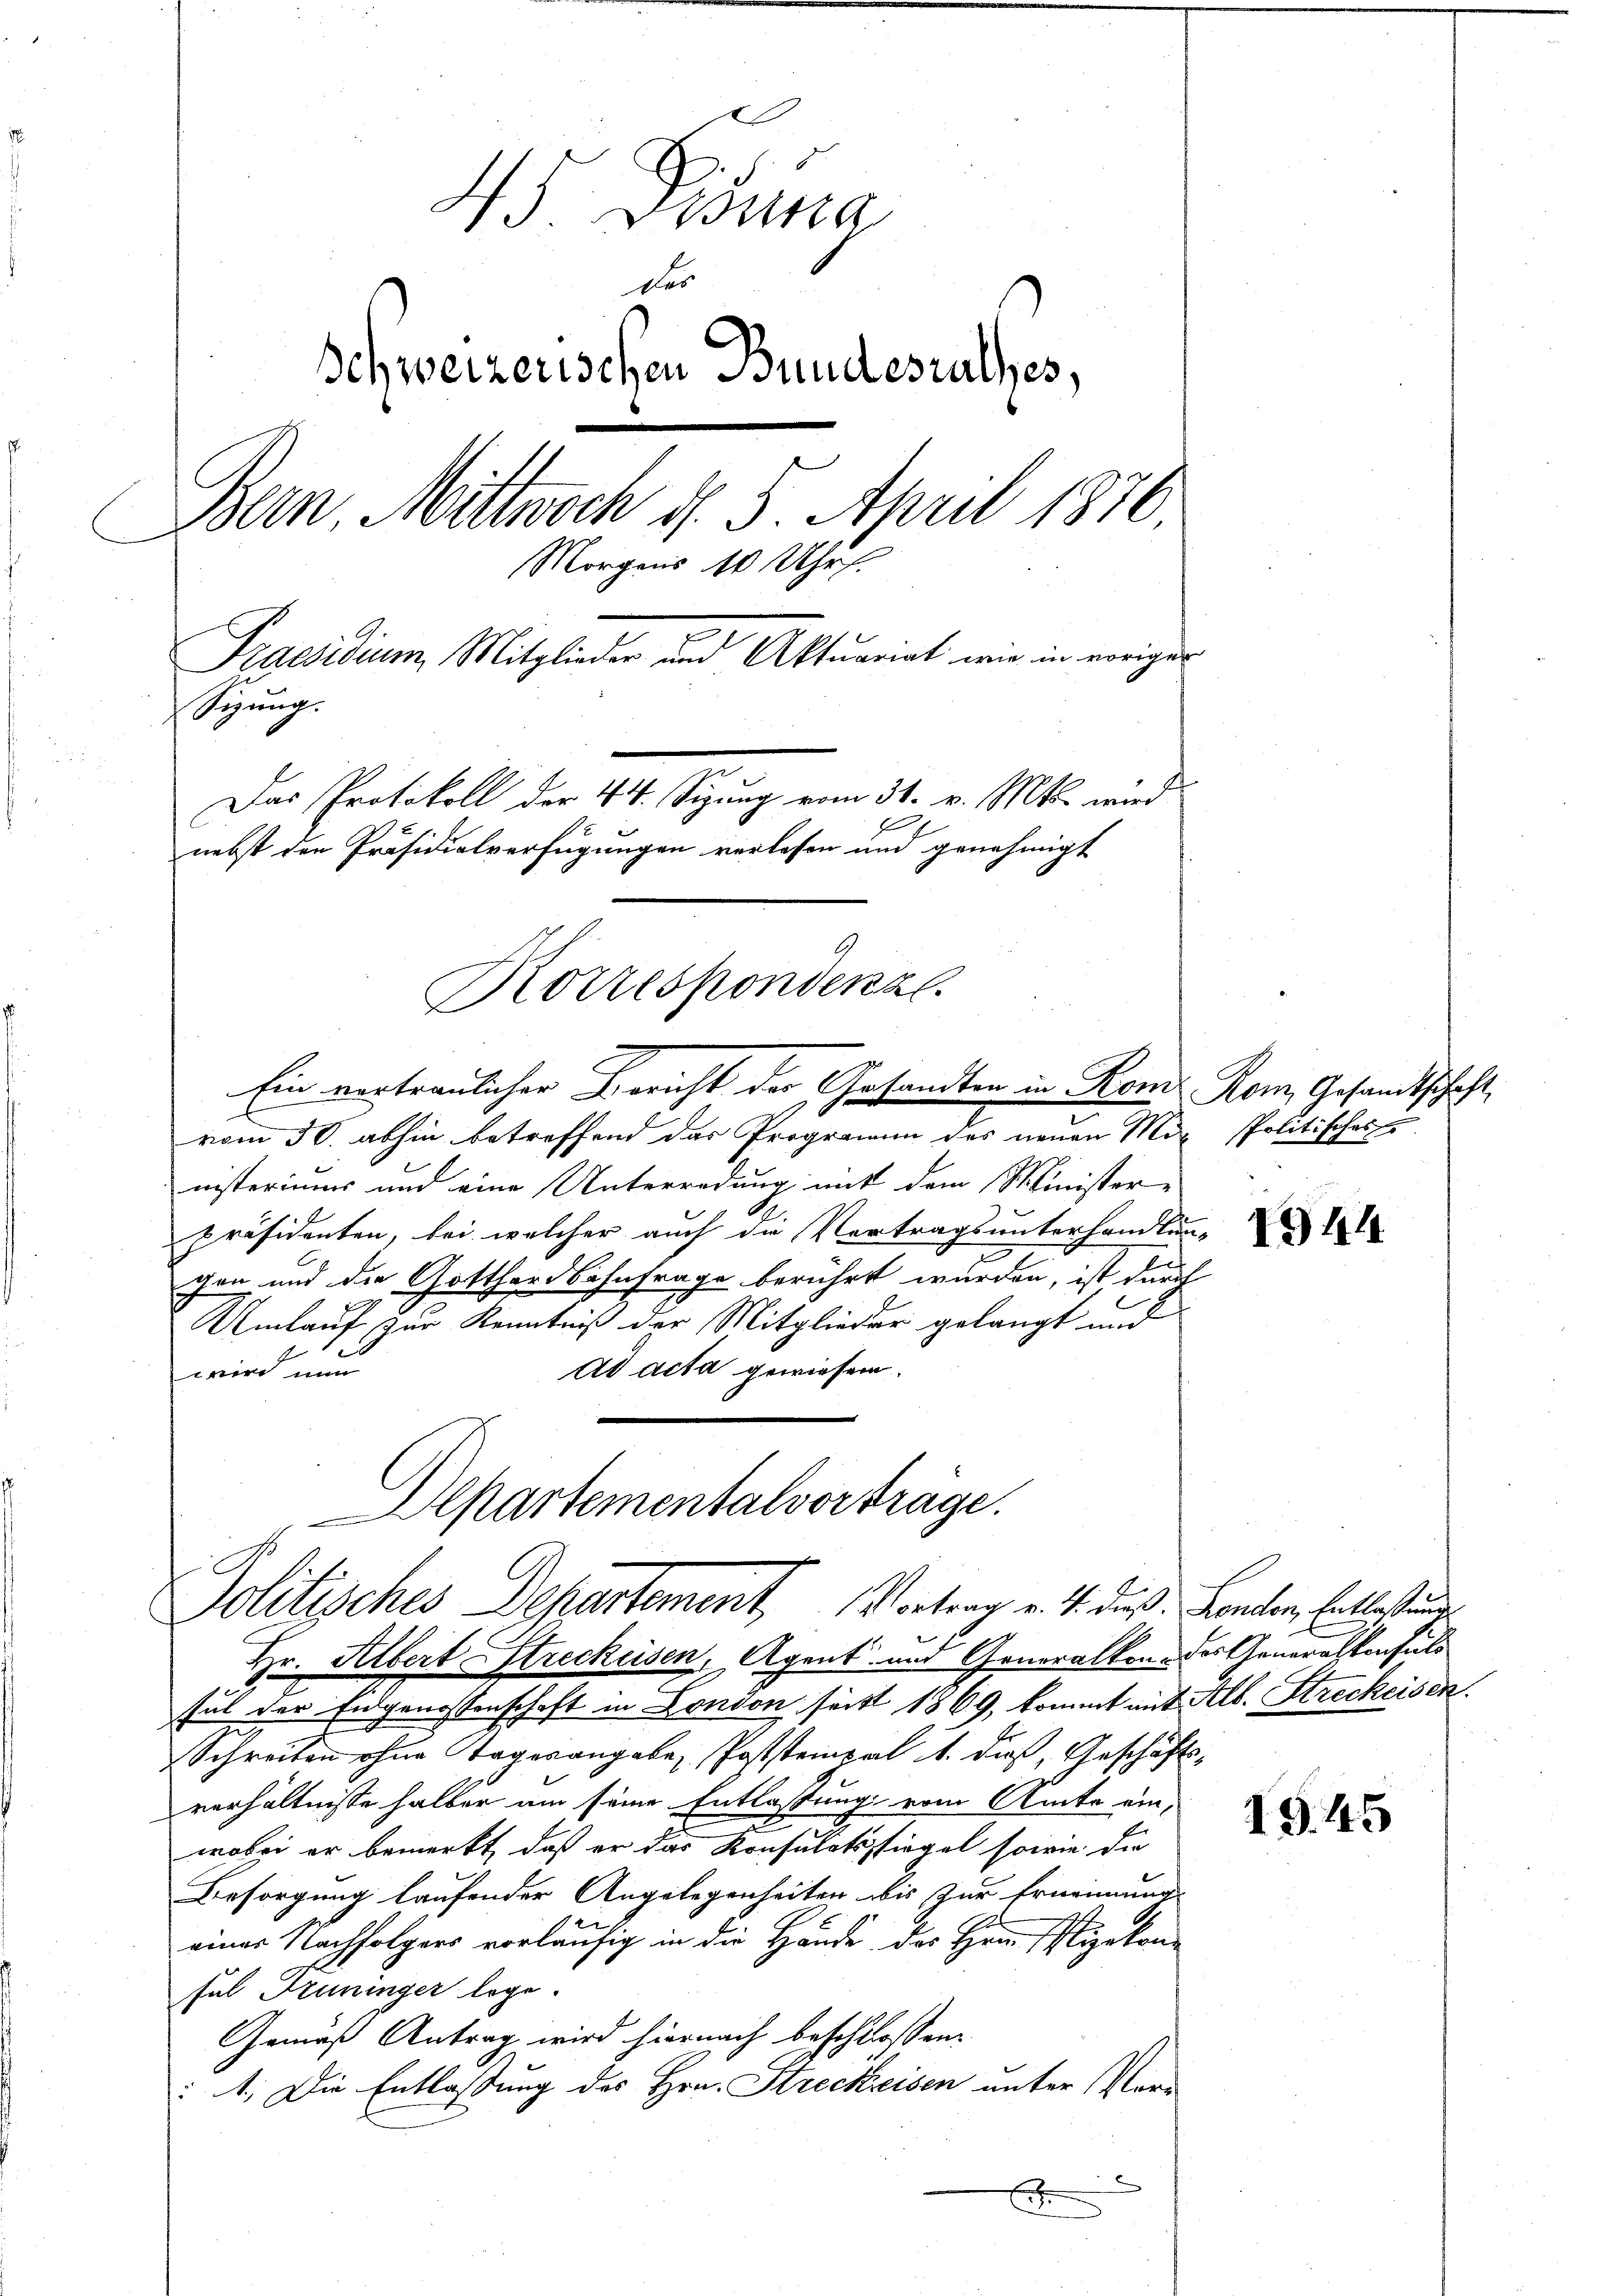
45 Distra
des
Schweizerischen Bundesrathes,
Bern Mittwoch d. 5. April 1870
Morgens 10 Uhr.
Praesidium Mitglieder und Aktuariat, wie in voriger
Sizung.
¬
Das Protokoll der 44. Sizung vom 31. v. Mts. wird
nebst den Präsidialverfügungen verlassen und genehmigt

Korrespondenze
Ein vortraulicher Bericht der Gesandten in Rom Rom Gesandtschaft

Politisches Dekartement, Vortrag v. 4. dieß. Landten, hattestande
Hr. Albert Streckeisen, Agent und Generalkon des Generalkonsuls

vom 30. abhin betreffend das Programm des neuen Max Politisches
nisteriums und eine Unterredung mit dem Minister-
Präsidenten, bei welcher auch die Vertragsunterhandlun-
gen und die Gotthardbahnfrage berührt wurden, ist durch
Umlauf zur Kenntniß der Mitglieder gelangt und
ad acta gewiesen.
wird un
Departementalvorträge.

hut der Eidgenossenschaft in London seitt 1869, kommt mit Alb. Streckeisen.
Schreiben ohne Tagorangabe, Poststempel 1. dieß, Geschäftsverhältnisse halber um seine Entlassung vom Amte ein,
wobei er bemerkt, daß er das Konsulatsstiegel sowie die
Besorgung laufender Angelegenheiten bis zur Ernennung
einer Nachfolgers vorläufig in die Hände des Hrn. Vizekonfal Grüninger lege.
Gemäß Antrag wird hiernach beschlossen:
1. Die Entlassung des Hrn. Streckreisen unter Verr

1944

1945